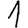
Digit: 1